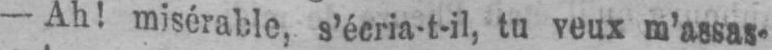
- Ah! misérable, s’écria-t-il, tu veux m’assas-